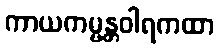
ကာယကမ္မန္တဝါရကထာ